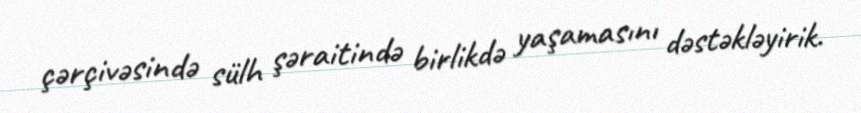
çərçivəsində sülh şəraitində birlikdə yaşamasını dəstəkləyirik.